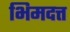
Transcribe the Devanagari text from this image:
भिमदत्त